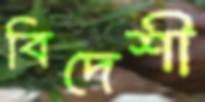
বিদেশী